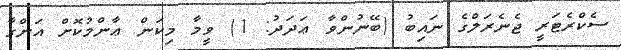
ސެކްރެޓަރީ ޖެނެރަލްގެ ނައިބު (ބޭނުންވާ ޢަދަދު: 1) ވީމާ މިކަން ޢާންމުކޮށް އަންގާ